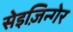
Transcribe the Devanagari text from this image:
सेइज़िन्गेर